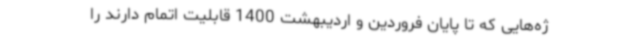
ژه‌هایی که تا پایان فروردین و اردیبهشت 1400 قابلیت اتمام دارند را